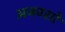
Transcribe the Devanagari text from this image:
अजवसो